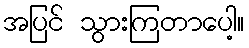
အပြင် သွားကြတာပေါ့။